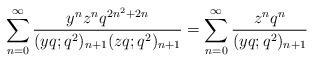
LaTeX: \begin{align*} \sum_{n=0}^{\infty}\frac{y^nz^nq^{2n^2+2n}}{(yq;q^2)_{n+1}(zq;q^2)_{n+1}}=\sum_{n=0}^{\infty}\frac{z^nq^n}{(yq;q^2)_{n+1}}\end{align*}